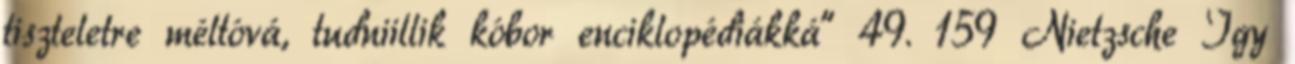
tiszteletre méltóvá, tudniillik kóbor enciklopédiákká” 49. 159 Nietzsche Így